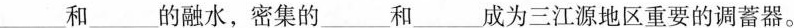
___和___ 的融水，密集的___和___成为三江源地区重要的调蓄器。